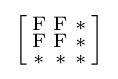
{\Bigl [}{\begin{smallmatrix}\mathrm {F} &\mathrm {F} &\mathrm {*} \\\mathrm {F} &\mathrm {F} &\mathrm {*} \\\mathrm {*} &\mathrm {*} &\mathrm {*} \end{smallmatrix}}{\Bigr ]}